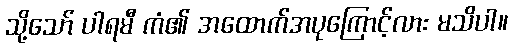
သို့သော် ပါရမီ ကံ၏ အထောက်အပုကြောင့်လား မသိပါ။